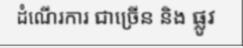
ដំណើរការ ជាច្រើន និង ផ្លូវ